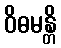
ဝိဓမန္တိ